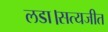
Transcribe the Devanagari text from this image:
लडा।सत्यजीत